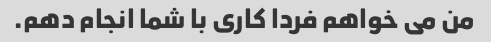
من می خواهم فردا کاری با شما انجام دهم.